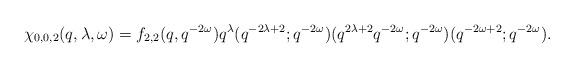
LaTeX: \begin{align*}\chi_{0, 0, 2}(q, \lambda, \omega) = f_{2, 2}(q, q^{-2\omega}) q^\lambda (q^{-2\lambda + 2}; q^{-2\omega})(q^{2\lambda + 2} q^{-2\omega}; q^{-2\omega}) (q^{-2\omega + 2}; q^{-2\omega}).\end{align*}